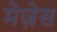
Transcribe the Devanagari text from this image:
मेज़ेस